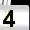
Digit: 4